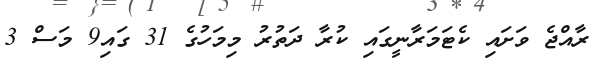
ރާއްޖެ ވަށައި ކެޓަމަރާނީގައި ކުރާ ދަތުރު މިމަހުގެ 31 ގައި9 މަސް 3